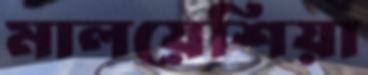
মালয়েশিয়া